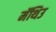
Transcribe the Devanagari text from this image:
मॅथिउ